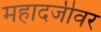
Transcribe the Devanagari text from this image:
महादजीवर